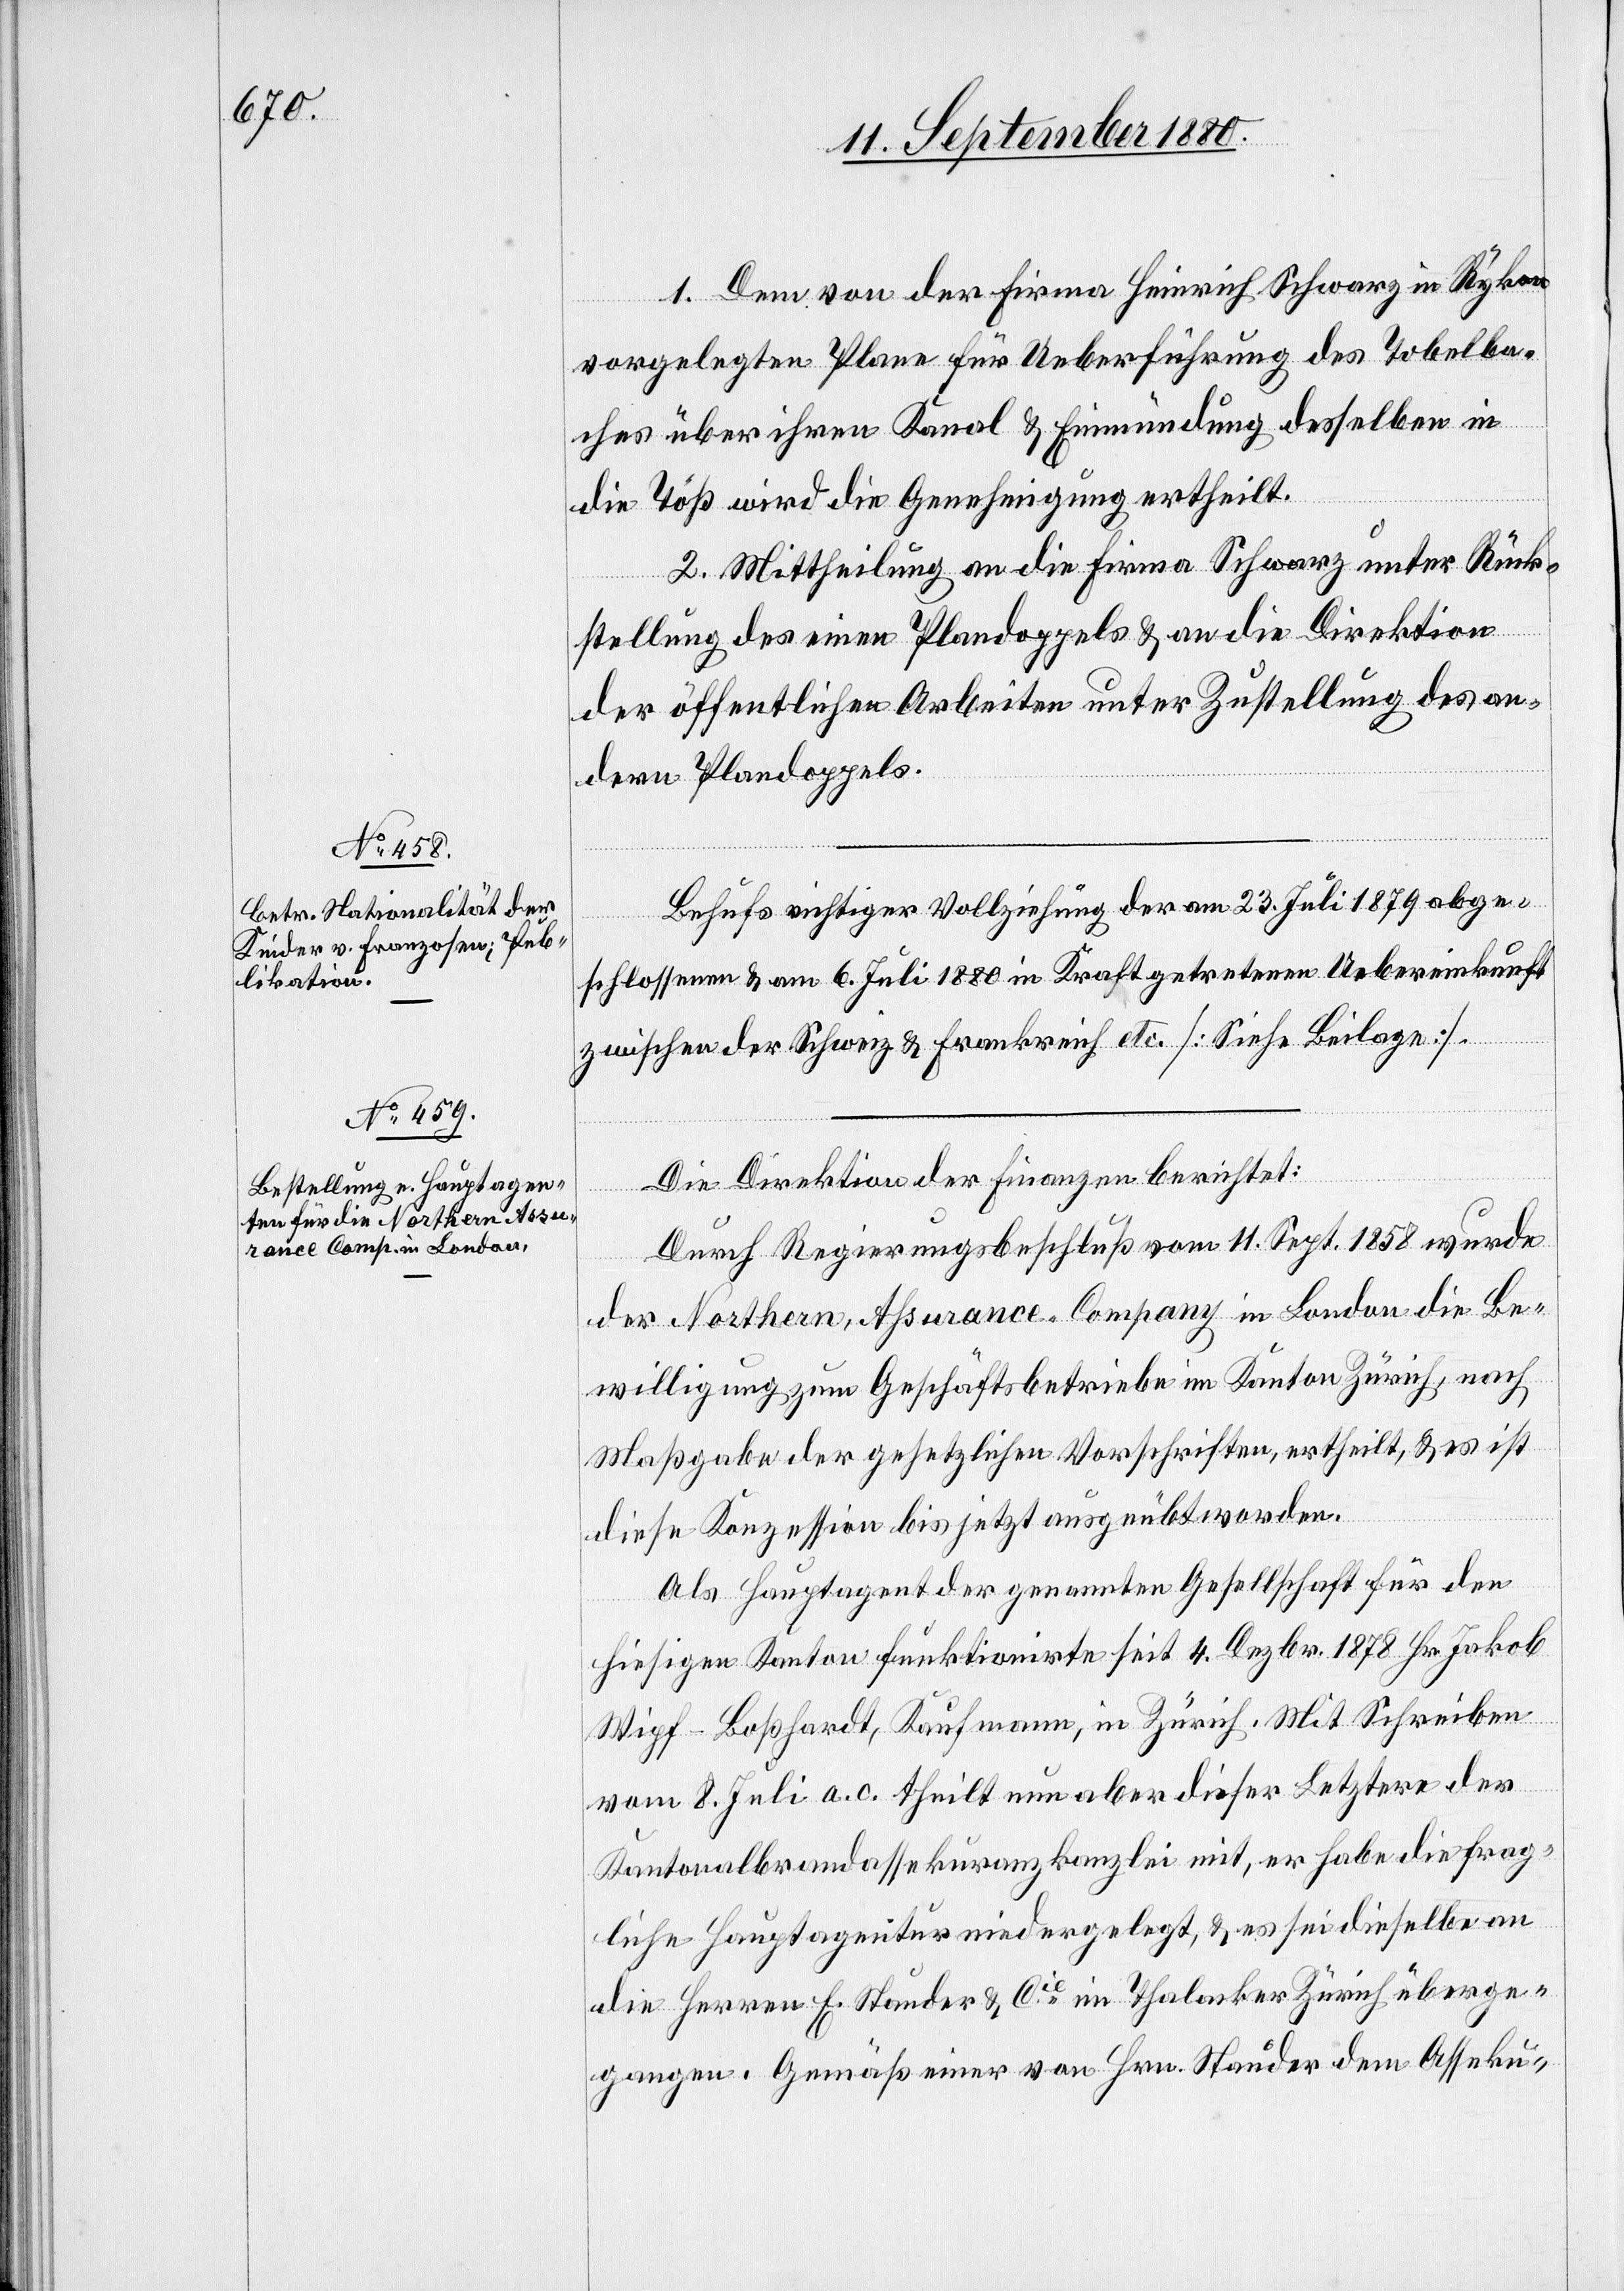
1. Dem von der Firma Heinrich Schwarz in Rykon
vorgelegten Plane für Ueberführung des Tobelba¬
ches über ihren Kanal & Einmündung desselben in
die Töß wird die Genehmigung ertheilt.
2. Mittheilung an die Firma Schwarz unter Rück¬
stellung des einen Plandoppels & an die Direktion
der öffentlichen Arbeiten unter Zustellung des an¬
dern Plandoppels.
Behufs richtiger Vollziehung der am 23. Juli 1879 abge¬
schlossenen & am 6. Juli 1880 in Kraft getretenen Uebereinkunft
zwischen der Schweiz & Frankreich etc. [siehe Beilagen].
Die Direktion der Finanzen berichtet:
Durch Regierungsbeschluß vom 11. Sept. 1858 wurde
der Northern, Assurance Company in London die Be¬
willigung zum Geschäftsbetriebe im Kanton Zürich, nach
Maßgabe der gesetzlichen Vorschriften, ertheilt & es ist
diese Konzession bis jetzt ausgeübt worden.
Als Hauptagent der genannten Gesellschaft für den
hiesigen Kanton funktionirte seit 4. Dezbr. 1878 Hr. Jakob
Wipf-Boßhardt, Kaufmann, in Zürich. Mit Schreiben
vom 8. Juli a. c. theilt nun aber dieser Letztere der
Kantonalbrandassekuranzkanzlei mit, er habe die frag¬
liche Hauptagentur niedergelegt, & es sei dieselbe an
die Herren E. Stauder & Cie im Thalacker Zürich überge¬
gangen. Gemäß einer von Hrn. Ständer dem Asseku-